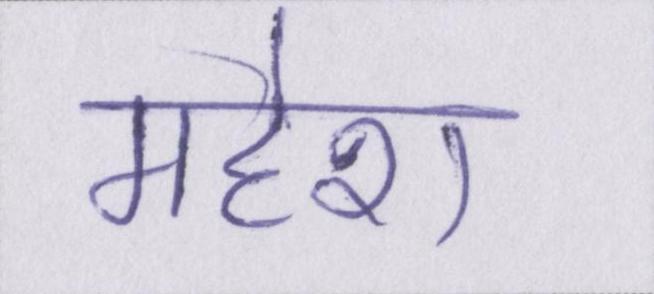
महेश